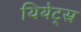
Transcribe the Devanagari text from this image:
थियेट्स्र